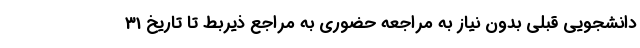
دانشجویی قبلی بدون نیاز به مراجعه حضوری به مراجع ذیربط تا تاریخ 31